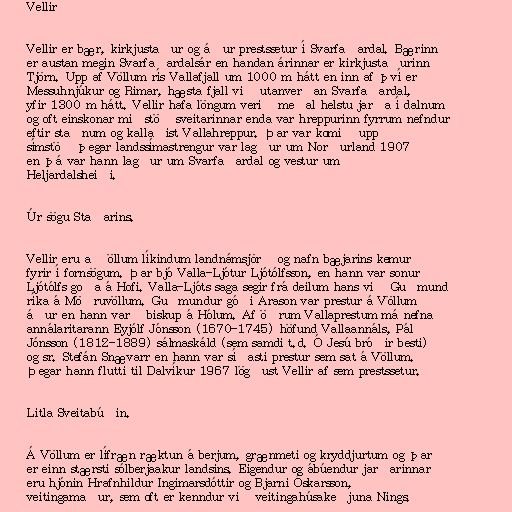
Vellir

Vellir er bær, kirkjustaður og áður prestssetur í Svarfaðardal. Bærinn
er austan megin Svarfaðardalsár en handan árinnar er kirkjustaðurinn
Tjörn. Upp af Völlum rís Vallafjall um 1000 m hátt en inn af því er
Messuhnjúkur og Rimar, hæsta fjall við utanverðan Svarfaðardal,
yfir 1300 m hátt. Vellir hafa löngum verið meðal helstu jarða í dalnum
og oft einskonar miðstöð sveitarinnar enda var hreppurinn fyrrum nefndur
eftir staðnum og kallaðist Vallahreppur. Þar var komið upp
símstöð þegar landssímastrengur var lagður um Norðurland 1907
en þá var hann lagður um Svarfaðardal og vestur um
Heljardalsheiði.

Úr sögu Staðarins.

Vellir eru að öllum líkindum landnámsjörð og nafn bæjarins kemur
fyrir í fornsögum. Þar bjó Valla-Ljótur Ljótólfsson, en hann var sonur
Ljótólfs goða á Hofi. Valla-Ljóts saga segir frá deilum hans við Guðmund
ríka á Möðruvöllum. Guðmundur góði Arason var prestur á Völlum
áður en hann varð biskup á Hólum. Af öðrum Vallaprestum má nefna
annálaritarann Eyjólf Jónsson (1670-1745) höfund Vallaannáls, Pál
Jónsson (1812-1889) sálmaskáld (sem samdi t.d. Ó Jesú bróðir besti)
og sr. Stefán Snævarr en hann var síðasti prestur sem sat á Völlum.
Þegar hann flutti til Dalvíkur 1967 lögðust Vellir af sem prestssetur.

Litla Sveitabúðin.

Á Völlum er lífræn ræktun á berjum, grænmeti og kryddjurtum og þar
er einn stærsti sólberjaakur landsins. Eigendur og ábúendur jarðarinnar
eru hjónin Hrafnhildur Ingimarsdóttir og Bjarni Óskarsson,
veitingamaður, sem oft er kenndur við veitingahúsakeðjuna Nings.